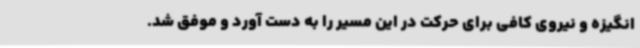
انگیزه و نیروی کافی برای حرکت در این مسیر را به دست آورد و موفق شد.